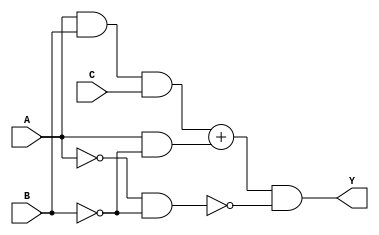
module ejercicio_11(
    
    input A, B, C,
    output Y
);
    assign Y = (A & B & C) + (A & (!B)) & !((!A) & (!B));
endmodule